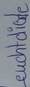
Text: Leuchtdiode